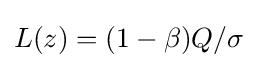
L(z)=(1-\beta )Q/\sigma